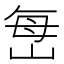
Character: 𫵾